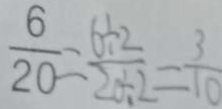
\frac { 6 } { 2 0 } = \frac { 6 \div 2 } { 2 0 \div 2 } = \frac { 3 } { 1 0 }